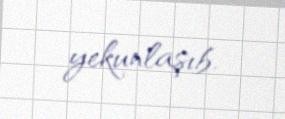
yekunlaşıb.